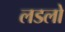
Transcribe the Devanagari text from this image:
लडलो